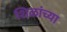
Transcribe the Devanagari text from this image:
शिळांच्या